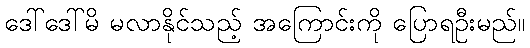
ဒေါ်ဒေါ်မိ မလာနိုင်သည့် အကြောင်းကို ပြောရဦးမည်။